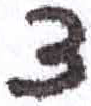
אות: צ